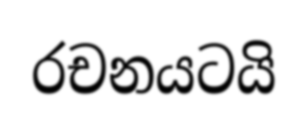
රචනයටයි